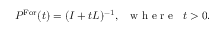
P ^ { \operatorname { F o r } } ( t ) = ( I + t L ) ^ { - 1 } , \; \; \mathrm { ~ w ~ h ~ e ~ r ~ e ~ } \; \; t > 0 .